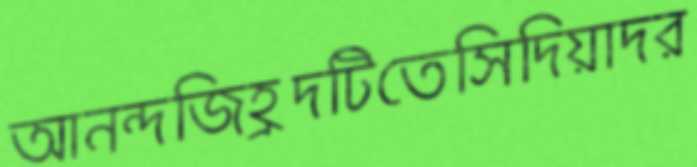
আনন্দজিহ্রদটিতেসিদিয়াদর